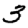
Digit: 3